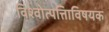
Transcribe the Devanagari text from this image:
विश्वोत्पत्तिाविषयक